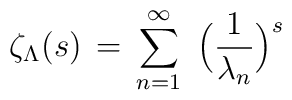
\zeta_{\Lambda} (s)\, =\, \sum_{n=1}^{\infty}         \,\,\Big(\frac{1}{\lambda_n} \Big)^s